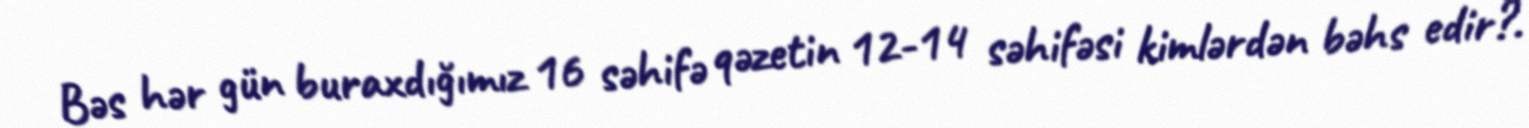
Bəs hər gün buraxdığımız 16 səhifə qəzetin 12-14 səhifəsi kimlərdən bəhs edir?.